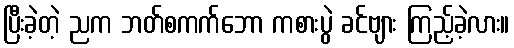
ပြီးခဲ့တဲ့ ညက ဘတ်စကက်ဘော ကစားပွဲ ခင်ဗျား ကြည့်ခဲ့လား။